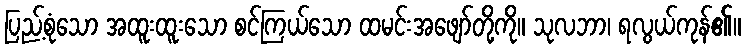
ပြည့်စုံသော အထူးထူးသော စင်ကြယ်သော ထမင်းအဖျော်တို့ကို။ သုလဘာ၊ ရလွယ်ကုန်၏။